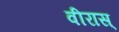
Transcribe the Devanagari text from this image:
वीरास्